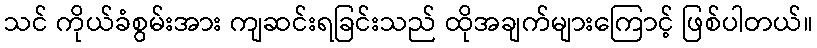
သင် ကိုယ်ခံစွမ်းအား ကျဆင်းရခြင်းသည် ထိုအချက်များကြောင့် ဖြစ်ပါတယ်။